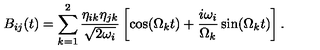
B _ { i j } ( t ) = \sum _ { k = 1 } ^ { 2 } \frac { \eta _ { i k } \eta _ { j k } } { \sqrt { 2 \omega _ { i } } } \left[ \cos ( \Omega _ { k } t ) + \frac { i \omega _ { i } } { \Omega _ { k } } \sin ( \Omega _ { k } t ) \right] .